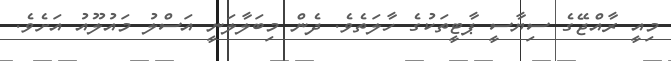
މިއީ ރާއްޖޭގެ ސިޔާސީ ޕާޓީތަކުގެ ހާލަތެވެ. ދެން މިބަލާލަނީ އަސްލު މައުލޫއު އަށެވެ.